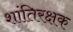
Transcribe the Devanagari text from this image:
शांतिरक्षक